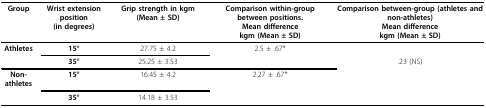
| Group | Wrist extension position(in degrees) | Grip strength in kgm (Mean ± SD) | Comparison within-group between positions.Mean differencekgm (Mean ± SD) | Comparison between-group (athletes and non-athletes)Mean differencekgm (Mean ± SD) |
 | --- | --- | --- | --- | --- |
 | Athletes | 15° | 27.75 ± 4.2 | 2.5 ± .67* |  |
 |  | 35° | 25.25 ± 3.53 |  | .23 (NS) |
 | Non-athletes | 15° | 16.45 ± 4.2 | 2.27 ± .67* |  |
 |  | 35° | 14.18 ± 3.53 |  |  |